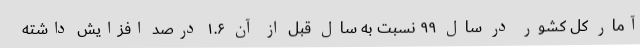
آمار کل کشور در سال ۹۹ نسبت به سال قبل از آن ۱.۶ درصد افزایش داشته